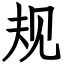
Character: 规